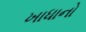
ખાધાનો